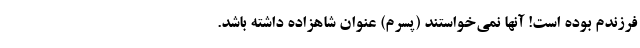
فرزندم بوده است! آنها نمی‌خواستند (پسرم)‌ عنوان شاهزاده داشته باشد.